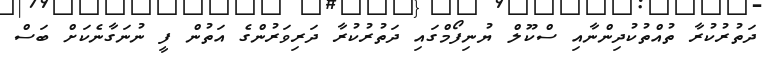
ދަތުރުކުރާ ތުއްތުކުދިންނާއި ސްކޫލް ޔުނިފޯމްގައި ދަތުރުކުރާ ދަރިވަރުންގެ އަތުން ފީ ނުނަގާނެކަށް ބަސް